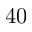
4 0